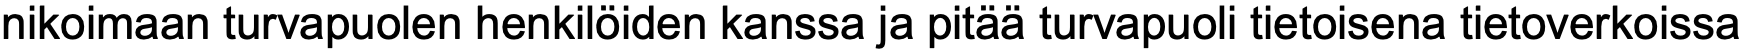
nikoimaan turvapuolen henkilöiden kanssa ja pitää turvapuoli tietoisena tietoverkoissa